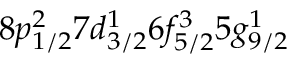
8 p _ { 1 / 2 } ^ { 2 } 7 d _ { 3 / 2 } ^ { 1 } 6 f _ { 5 / 2 } ^ { 3 } 5 g _ { 9 / 2 } ^ { 1 }